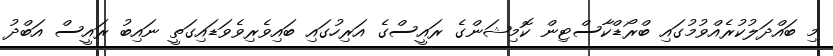
މި ބައްދަލުކުރެއްވުމުގައި ބްރޯޑްކާސްޓިން ކޮމިޝަންގެ ރައީސްގެ އަރިހުގައި ބައިވެރިވެވަޑައިގަތީ ނައިބު ރައީސް އަބްދު